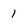
Character: 1